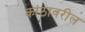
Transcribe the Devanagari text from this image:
कांठावरील